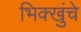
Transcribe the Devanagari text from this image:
भिक्खुंचे